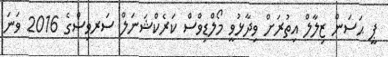
ޕީ ޙަސަން ޒިލާލް އިތުރަށް ވިދާޅުވީ މޯލްޑިވްސް ކަރެކްޝަނަލް ސަރވިސްގެ 2016 ވަނަ